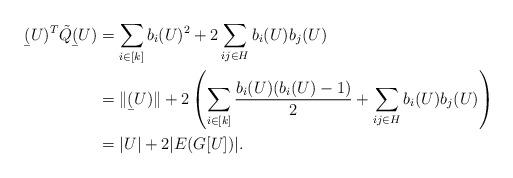
LaTeX: \begin{align*}\begin{aligned} \b(U)^T \tilde{Q} \b(U) &= \sum_{i \in [k]} b_i(U)^2 + 2 \sum_{ij \in H} b_i(U) b_j(U) \\& = \|\b(U)\|+ 2 \left( \sum_{i \in [k]} \dfrac{b_i(U)(b_i(U)-1)}{2} + \sum_{ij \in H} b_i(U) b_j(U)\right)\\&= |U|+ 2|E(G[U])|. \end{aligned}\end{align*}